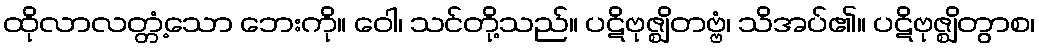
ထိုလာလတ္တံ့သော ဘေးကို။ ဝေါ၊ သင်တို့သည်။ ပဋိဗုဇ္ဈိတဗ္ဗံ၊ သိအပ်၏။ ပဋိဗုဇ္ဈိတွာစ၊